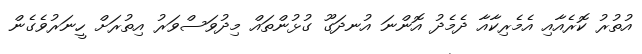
އުތުރު ކޮރެއާއި އެމެރިކާއާ ދެމެދު އޮންނަ އުނދަގޫ ގުޅުންތައް މިދުވަސްވަރު އިތުރަށް ހީނަރުވެގެން